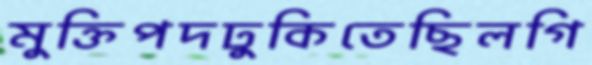
মুক্তিপদঢুকিতেছিলগি